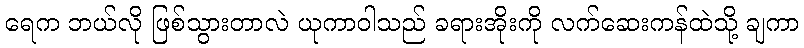
ရေက ဘယ်လို ဖြစ်သွားတာလဲ ယုကာဝါသည် ခရားအိုးကို လက်ဆေးကန်ထဲသို့ ချကာ